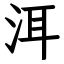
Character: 洱